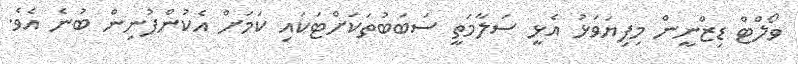
ވޯލްޓް ޑިޒްނީން މިފިޔަވަޅު އެޅީ ސަލާމަތީ ސަބަބުތަކަށްޓަކައި ކަމަށް އެކުންފުނިން ބުނެ އެވެ.